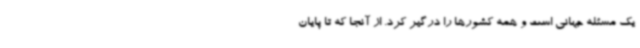
یک مسئله جهانی است و همه کشورها را درگیر کرد. از آنجا که تا پایان